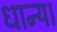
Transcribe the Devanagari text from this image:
धान्य।